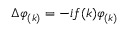
\Delta \varphi _ { ( k ) } = - i f ( k ) \varphi _ { ( k ) }